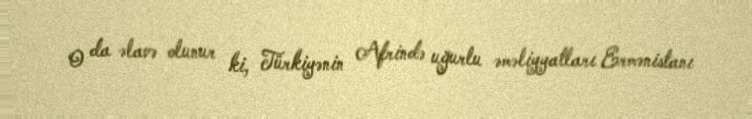
O da əlavə olunur ki, Türkiyənin Afrində uğurlu əməliyyatları Ermənistanı